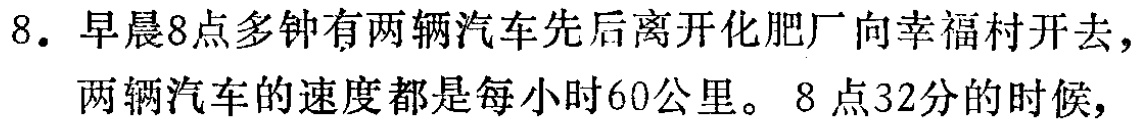
8. 早晨8点多钟有两辆汽车先后离开化肥厂向幸福村开去，

两辆汽车的速度都是每小时60公里。8点32分的时候，